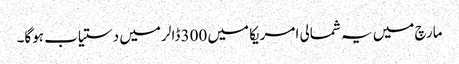
مارچ میں یہ شمالی امریکا میں 300 ڈالر میں دستیاب ہوگا۔